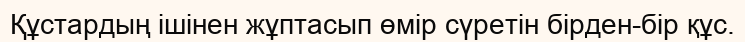
Құстардың ішінен жұптасып өмір сүретін бірден-бір құс.